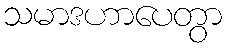
သမာဒဟာပေတွာ